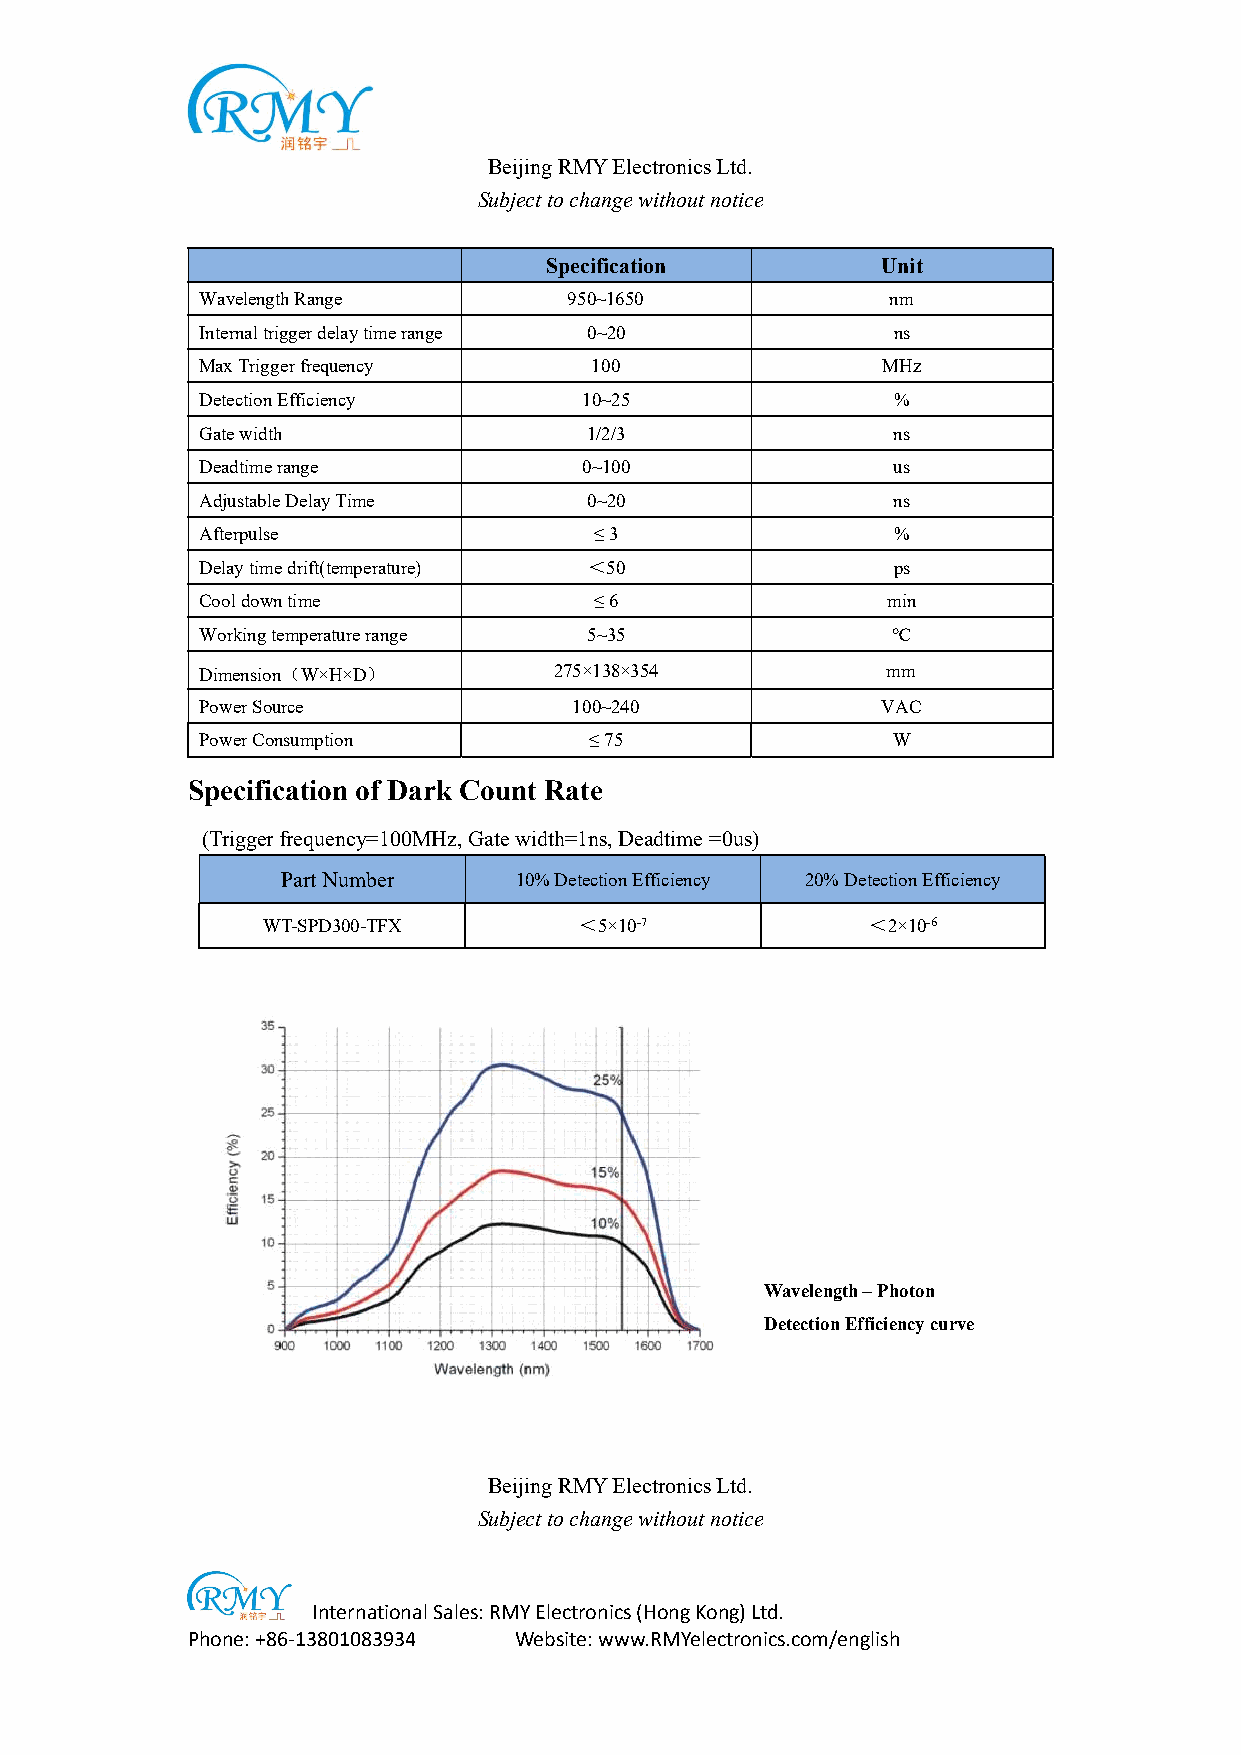
Beijing RMY Electronics Ltd.
 Subject to change without notice
 Specification         Unit
 Wavelength Range         950~1650             nm
 Internal trigger delay time range 0~20        ns
 Max Trigger frequency     100                MHz
 Detection Efficiency      10~25               %
 Gate width                1/2/3               ns
 Deadtime range            0~100               us
 Adjustable Delay Time     0~20                ns
 Afterpulse                ≤ 3                 %
 Delay time drift(temperature) ＜50             ps
 Cool down time            ≤ 6                 min
 Working temperature range 5~35                ℃
 Dimension（W×H×D）        275×138×354           mm
 Power Source             100~240             VAC
 Power Consumption         ≤ 75                W
 Specification of Dark Count Rate
 (Trigger frequency=100MHz, Gate width=1ns, Deadtime =0us)
 Part Number    10% Detection Efficiency 20% Detection Efficiency
 WT-SPD300-TFX        ＜5×10-7            ＜2×10-6
 Wavelength – Photon
 Detection Efficiency curve
 Beijing RMY Electronics Ltd.
 Subject to change without notice
 International Sales: RMY Electronics (Hong Kong) Ltd.
 Phone: +86-13801083934 Website: www.RMYelectronics.com/english